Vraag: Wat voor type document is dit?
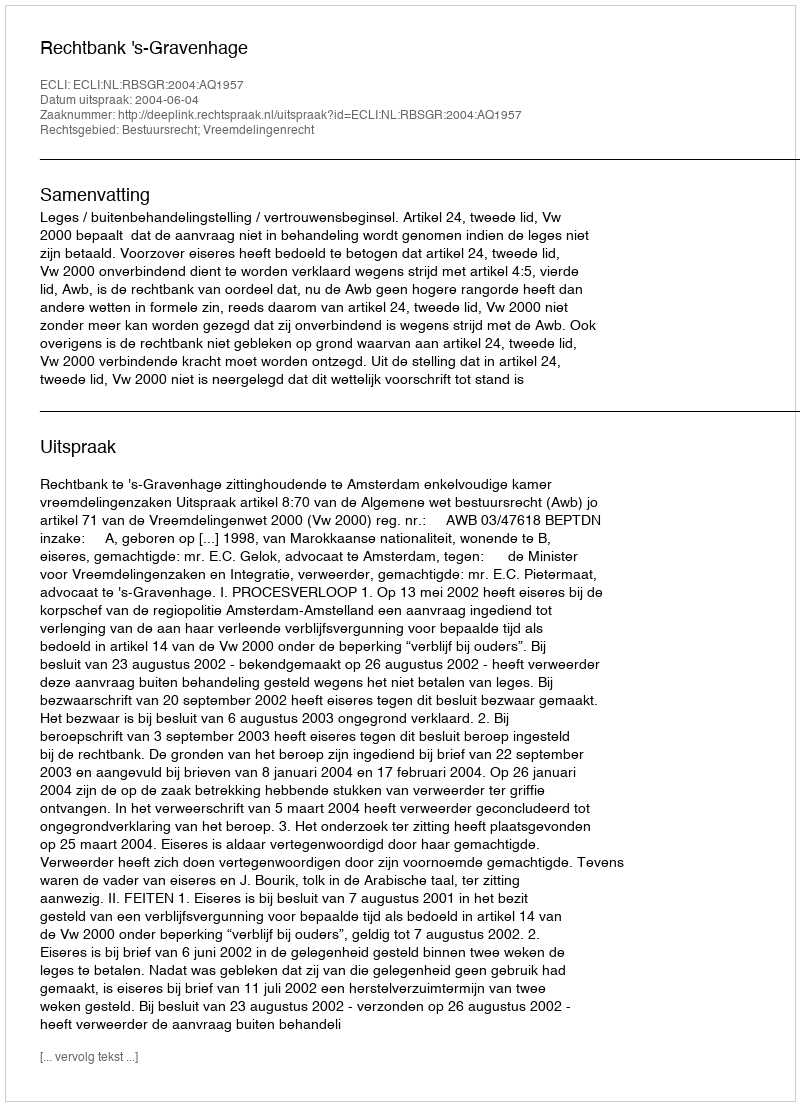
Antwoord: Uitspraak